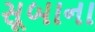
સૂબાના